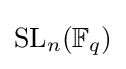
\mathrm {SL} _{n}(\mathbb {F} _{q})